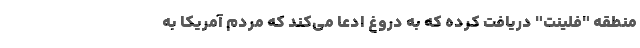
منطقه "فلینت" دریافت کرده که به دروغ ادعا می‌کند که مردم آمریکا به